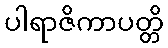
ပါရာဇိကာပတ္တိ